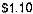
$1.10